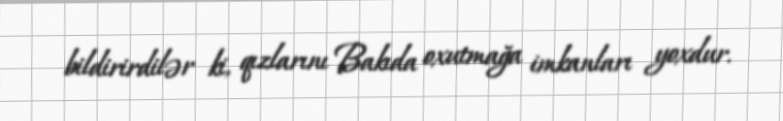
bildirirdilər ki, qızlarını Bakıda oxutmağa imkanları yoxdur.